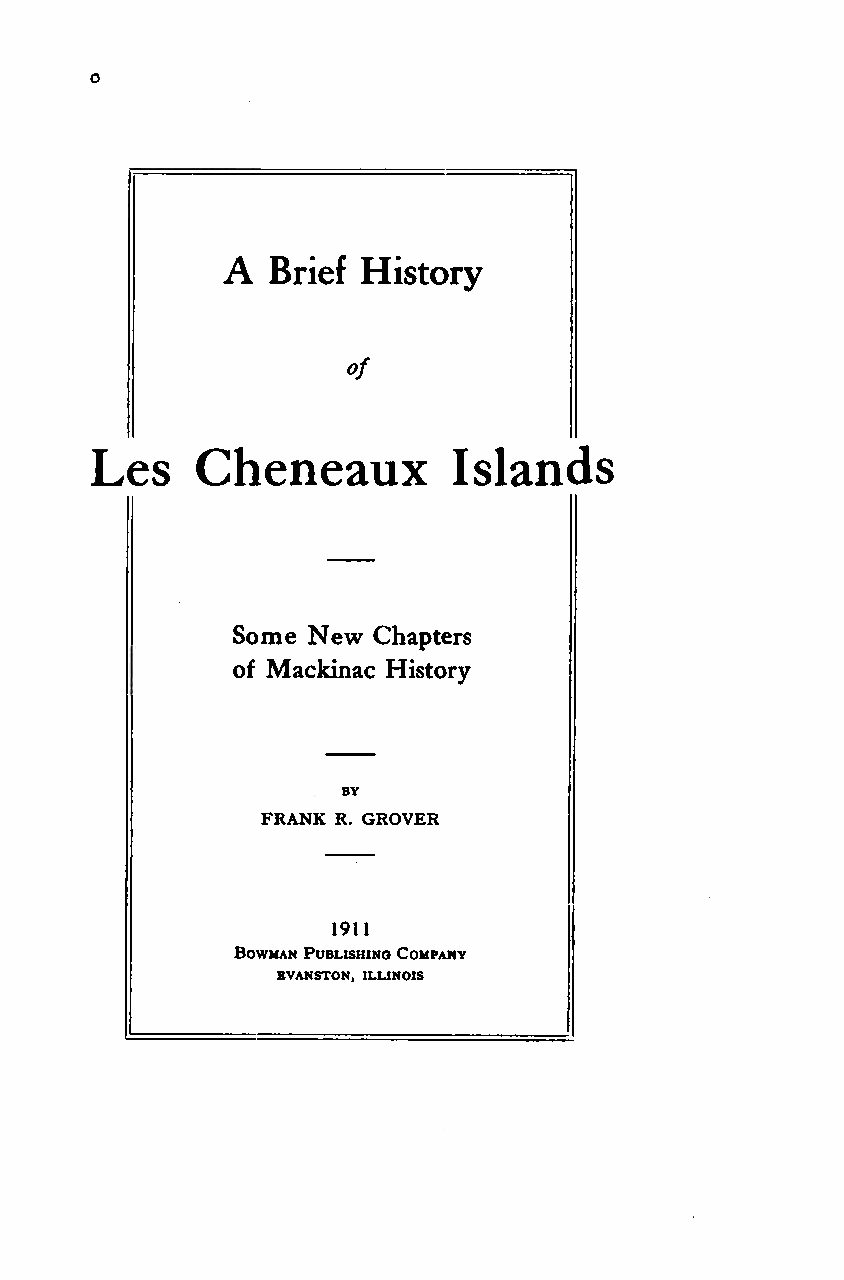
A
 Brief History
 of
 Les    Cheneaux         Islands
 Some New  Chapters
 of Mackinac History
 BY
 FRANK R. GROVER
 1911
 Bowman PublishingCompany
 bvanston, illinois
 Google
 Digitizedby